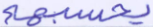
يحسبهم